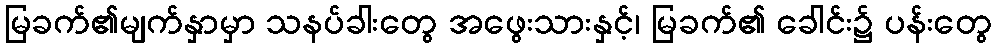
မြခက်၏မျက်နှာမှာ သနပ်ခါးတွေ အဖွေးသားနှင့်၊ မြခက်၏ ခေါင်း၌ ပန်းတွေ